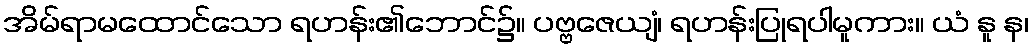
အိမ်ရာမထောင်သော ရဟန်း၏ဘောင်၌။ ပဗ္ဗဇေယျံ၊ ရဟန်းပြုရပါမူကား။ ယံ နူ န၊